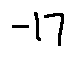
- 1 7